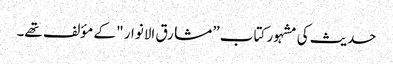
حدیث کی مشہور کتاب ” مشارق الانوار " کے مؤلف تھے۔